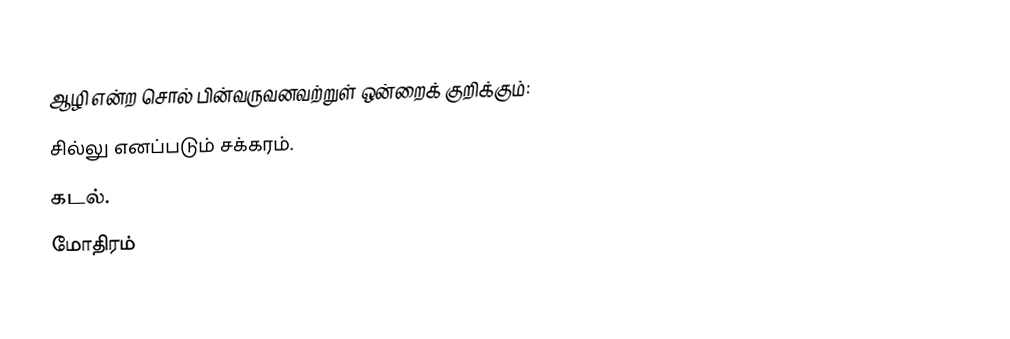
ஆழி என்ற சொல் பின்வருவனவற்றுள் ஒன்றைக் குறிக்கும்:
 சில்லு எனப்படும் சக்கரம்.
 கடல்.
 மோதிரம்